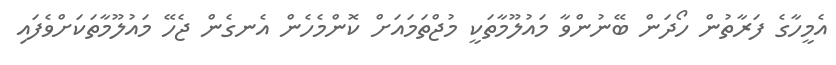
އެމީހާގެ ފަރާތުން ހޯދަން ބޭނުންވާ މައުލޫމާތަކީ މުޖްތަމައަށް ކޮންމެހެން އެނގެން ޖެހޭ މައުލޫމާތަކަށްވެފައި